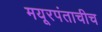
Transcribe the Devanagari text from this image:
मयूरपंताचीच